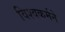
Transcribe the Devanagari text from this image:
विश्वकर्मने